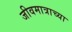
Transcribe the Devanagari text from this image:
जीवमात्राच्या